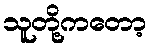
သူတို့ကတော့